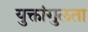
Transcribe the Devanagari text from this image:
युक्तांगुलता